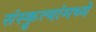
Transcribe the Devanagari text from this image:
संस्कॄत्यांमध्ये